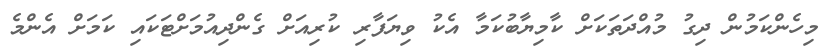
މިހެންކަމުން ދިގު މުއްދަތަކަށް ކާމިޔާބުކަމާ އެކު ވިޔަފާރި ކުރިއަށް ގެންދިއުމަށްޓަކައި ކަމަށް އެންމެ